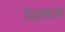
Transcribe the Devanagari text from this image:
निलचला